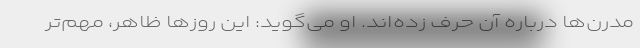
مدرن‌ها درباره آن حرف زده‌اند. او می‌گوید: این روزها ظاهر، مهم‌تر